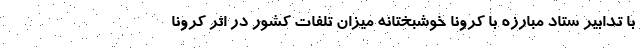
با تدابیر ستاد مبارزه با کرونا خوشبختانه میزان تلفات کشور در اثر کرونا